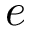
e